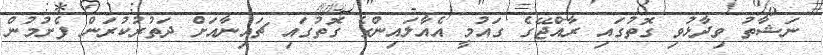
ނަޝާތު ވިދާޅުވި ގޮތުގައި ރާއްޖޭގެ ގައުމީ އެއާލައިންގެ ގޮތުގައި ޗައިނާއަށް ދަތުރުކުރަން ފެށުމުން